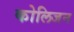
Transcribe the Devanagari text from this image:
कोलिजन